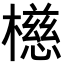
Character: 𪴆